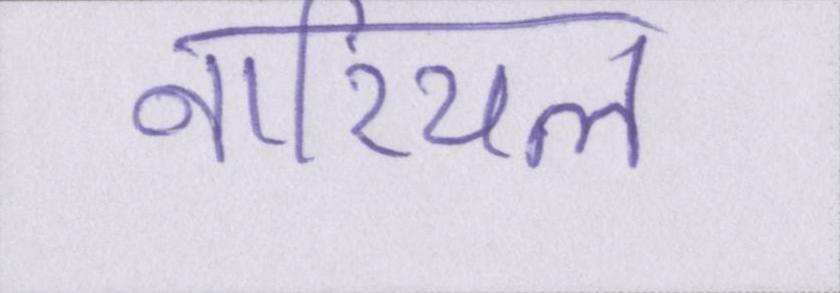
नारियल